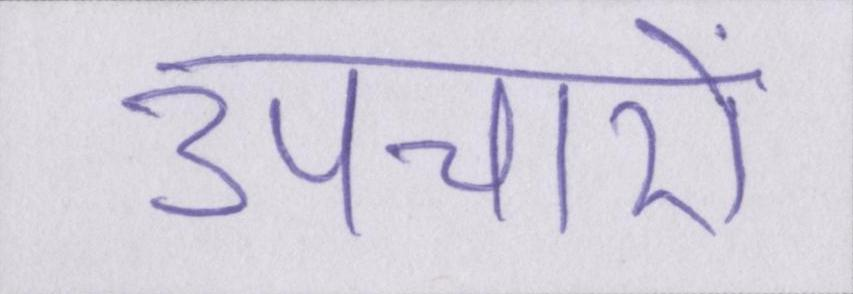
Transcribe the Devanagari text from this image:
उपचारों